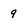
Character: 9